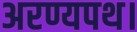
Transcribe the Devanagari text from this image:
अरण्यपथ।